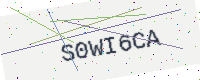
Text: S0WI6CA